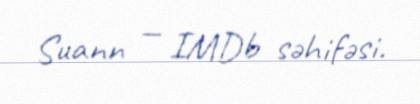
Suann — IMDb səhifəsi.